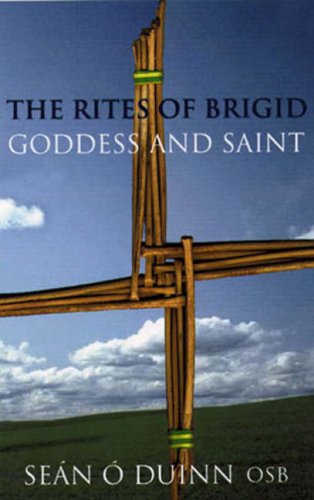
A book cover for The Rites of Brigid: Goddess & Saint; Sean O Duinn; Religion & Spirituality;